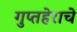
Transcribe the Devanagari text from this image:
गुप्तहेराचे